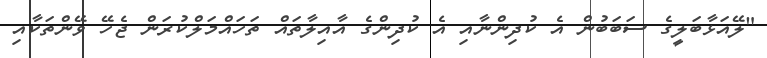
"ލޭއަޅާބަލީގެ ސަބަބުން އެ ކުދިންނާއި އެ ކުދިންގެ އާއިލާތައް ތަހައްމަލްކުރަން ޖެހޭ ވޭންތަކާއި